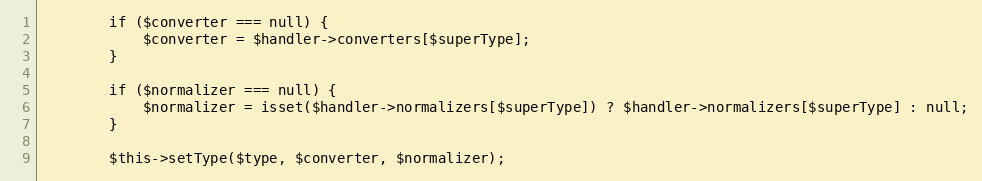
Language: PHP
        if ($converter === null) {
            $converter = $handler->converters[$superType];
        }

        if ($normalizer === null) {
            $normalizer = isset($handler->normalizers[$superType]) ? $handler->normalizers[$superType] : null;
        }

        $this->setType($type, $converter, $normalizer);